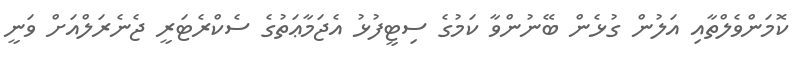
ކޮމަންވެލްތާއި އަލުން ގުޅެން ބޭނުންވާ ކަމުގެ ސިޓީފުޅު އެޖަމާޢަތުގެ ސެކްރެޓަރީ ޖެނެރަލްއަށް ވަނީ